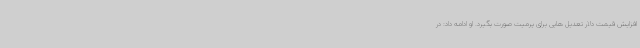
افزایش قیمت دلار تعدیل هایی برای پرمیت صورت بگیرد. او ادامه داد: در